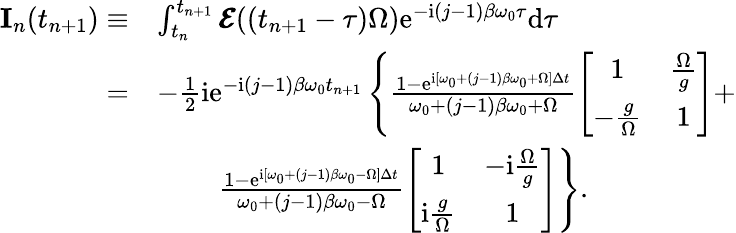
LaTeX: \begin{array}{rl}{\mathbf{I}_{n}(t_{n+1})\equiv}&{\int_{t_{n}}^{t_{n+1}}\pmb{\mathcal{E}}((t_{n+1}-\tau)\Omega)\mathrm{e}^{-\mathrm{i}(j-1)\beta\omega_{0}\tau}\mathrm{d}\tau}\\ {=}&{-\frac{1}{2}\mathrm{i}\mathrm{e}^{-\mathrm{i}(j-1)\beta\omega_{0}t_{n+1}}\left\{ \frac{1-\mathrm{e}^{\mathrm{i}[\omega_{0}+(j-1)\beta\omega_{0}+\Omega]\Delta t}}{\omega_{0}+(j-1)\beta\omega_{0}+\Omega}\left[\begin{array}{cc}{1}&{\frac{\Omega}{g}}\\ {-\frac{g}{\Omega}}&{1}\end{array}\right]+\right.}\\ &{~~~~~~~~\left.\frac{1-\mathrm{e}^{\mathrm{i}[\omega_{0}+(j-1)\beta\omega_{0}-\Omega]\Delta t}}{\omega_{0}+(j-1)\beta\omega_{0}-\Omega}\left[\begin{array}{cc}{1}&{-\mathrm{i}\frac{\Omega}{g}}\\ {\mathrm{i}\frac{g}{\Omega}}&{1}\end{array}\right]\right\} .}\end{array}